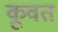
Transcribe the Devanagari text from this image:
कू़वत